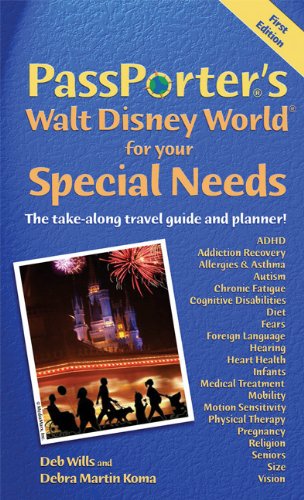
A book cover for PassPorter's Walt Disney World for Your Special Needs: The Take-Along Travel Guide and Planner! (Passporter Walt Disney World); Deb Wills; Travel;